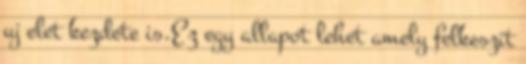
uj elet kezdete is.Ez egy allapot lehet amely felkeszit